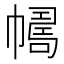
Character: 𢅂